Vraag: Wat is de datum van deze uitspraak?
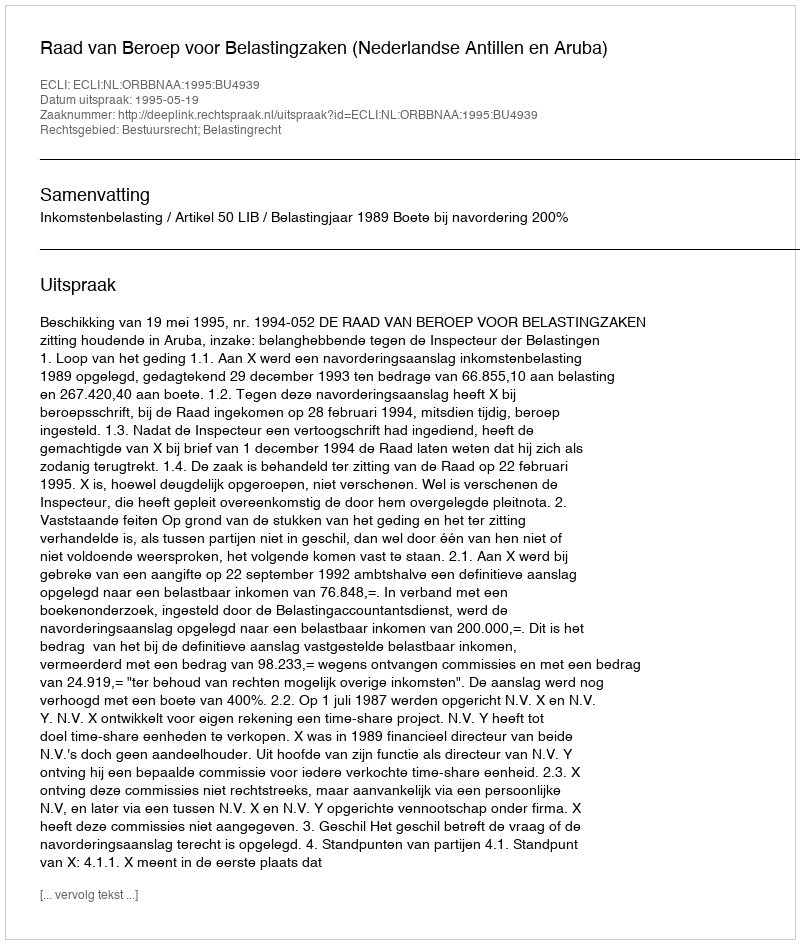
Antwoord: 1995-05-19